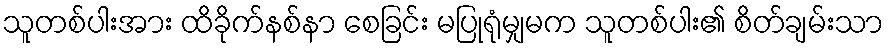
သူတစ်ပါးအား ထိခိုက်နစ်နာ စေခြင်း မပြုရုံမျှမက သူတစ်ပါး၏ စိတ်ချမ်းသာ